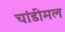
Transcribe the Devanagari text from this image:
चांडीमल